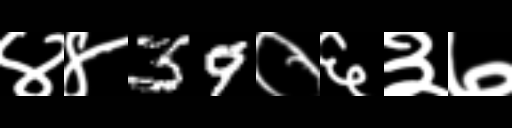
Text: ४४39०६३७